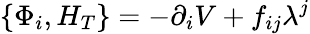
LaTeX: \left\{ \Phi_{i},H_{T}\right\} =-\partial_{i}V+f_{ij}\lambda^{j}